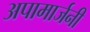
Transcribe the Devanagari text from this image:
अपामार्जनी